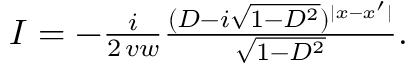
\begin{array} { r } { I = - \frac { i } { 2 \, v w } \frac { ( D - i \sqrt { 1 - D ^ { 2 } } ) ^ { | x - x ^ { \prime } | } } { \sqrt { 1 - D ^ { 2 } } } . } \end{array}